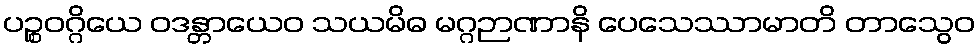
ပဉ္စဝဂ္ဂိယေ ဝဒန္တာယေဝ သယမိဓ မဂ္ဂဉာဏာနိ ပေသေဿာမာတိ တာသွေဝ